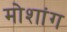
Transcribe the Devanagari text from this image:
मोशांग